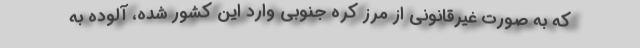
که به صورت غیرقانونی از مرز کره جنوبی وارد این کشور شده، آلوده به